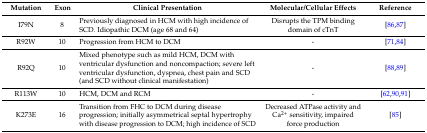
<table><thead><tr><td><b>Mutation</b></td><td><b>Exon</b></td><td><b>Clinical Presentation</b></td><td><b>Molecular/Cellular Effects</b></td><td><b>Reference</b></td></tr></thead><tbody><tr><td>I79N</td><td>8</td><td>Previously diagnosed in HCM with high incidence of SCD. Idiopathic DCM (age 68 and 64)</td><td>Disrupts the TPM binding domain of cTnT</td><td>[86,87]</td></tr><tr><td>R92W</td><td>10</td><td>Progression from HCM to DCM</td><td>-</td><td>[71,84]</td></tr><tr><td>R92Q</td><td>10</td><td>Mixed phenotype such as mild HCM, DCM with ventricular dysfunction and noncompaction; severe left ventricular dysfunction, dyspnea, chest pain and SCD (and SCD without clinical manifestation)</td><td>-</td><td>[88,89]</td></tr><tr><td>R113W</td><td>10</td><td>HCM, DCM and RCM</td><td>-</td><td>[62,90,91]</td></tr><tr><td>K273E</td><td>16</td><td>Transition from FHC to DCM during disease progression; initially asymmetrical septal hypertrophy with disease progression to DCM; high incidence of SCD</td><td>Decreased ATPase activity and Ca<sup>2+</sup> sensitivity, impaired force production</td><td>[85]</td></tr></tbody></table>